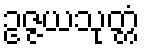
ဥဇ္ဇယသုတ္တံ